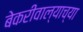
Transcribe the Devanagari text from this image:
बेकरीवाल्याच्या